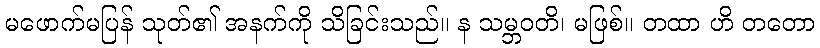
မဖောက်မပြန် သုတ်၏ အနက်ကို သိခြင်းသည်။ န သမ္ဘဝတိ၊ မဖြစ်။ တထာ ဟိ တတော